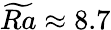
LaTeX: \widetilde{Ra}\approx 8.7